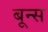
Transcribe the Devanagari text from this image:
बून्स